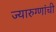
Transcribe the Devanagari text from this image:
ज्यारुग्णांची